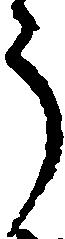
う